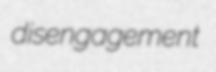
disengagement